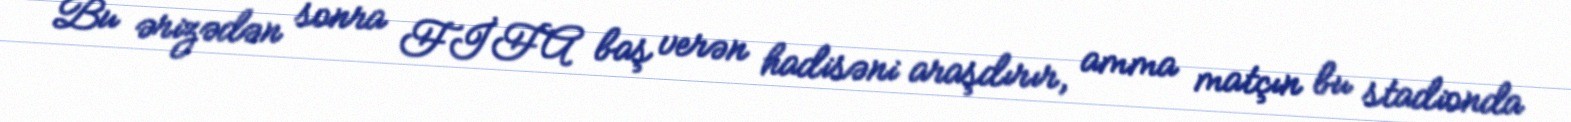
Bu ərizədən sonra FİFA baş verən hadisəni araşdırır, amma matçın bu stadionda